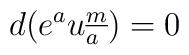
d(e^a u^{\underline{m}}_{a}) = 0